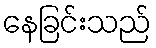
နေခြင်းသည်